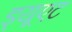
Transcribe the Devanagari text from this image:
ड्यूएट